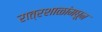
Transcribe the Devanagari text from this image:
रात्रशाळांमधून